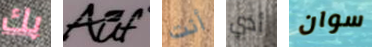
بك Auf أنت أدي سوان